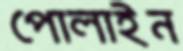
পোলাইন